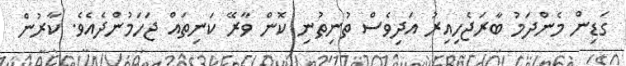
ގަޑިން މެންދަމު ބާރަޖެހިއިރު އަދިވެސް ތުނިތުނި ކޮން ވާރޭ ކަނިތައް ޖަހަމުންދެއެވެ. ކާރުން